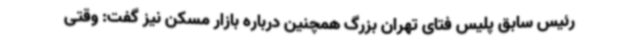
رئیس سابق پلیس فتای تهران بزرگ همچنین درباره بازار مسکن نیز گفت: وقتی